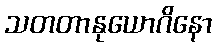
သတတာနုယောဂိနော